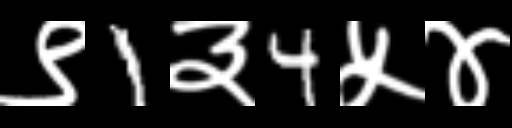
Text: ९1३4५४